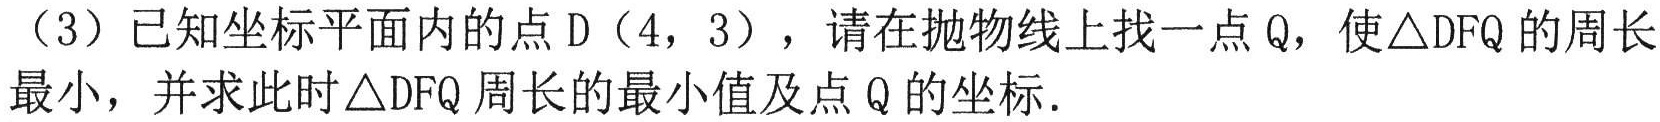
（3）已知坐标平面内的点\(D(4,3)\)，请在抛物线上找一点\(Q\)，使\(\triangle DFQ\)的周长最小，并求此时\(\triangle DFQ\)周长的最小值及点\(Q\)的坐标．